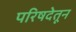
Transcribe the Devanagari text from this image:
परिषदेतून